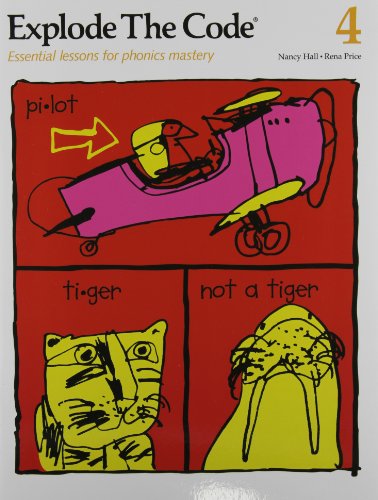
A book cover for Explode the Code/Book Four; Nancy Hall; Reference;